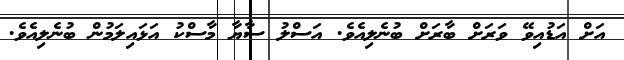
އަށް އަޑުއިވޭ ވަރަށް ބާރަށް ބުނެލިއެވެ. އަސްލު ސާޔާ މާސްކު އަޅައިލަމުން ބުނެލިއެވެ.